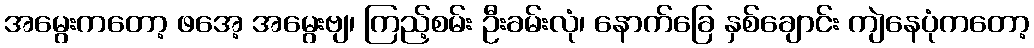
အမွေးကတော့ ဖအေ့ အမွေးဗျ၊ ကြည့်စမ်း ဦးခမ်းလုံ၊ နောက်ခြေ နှစ်ချောင်း ကျဲနေပုံကတော့